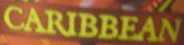
CARIBBEAN